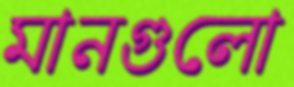
মানগুলো